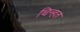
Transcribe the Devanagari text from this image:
चिन्हत